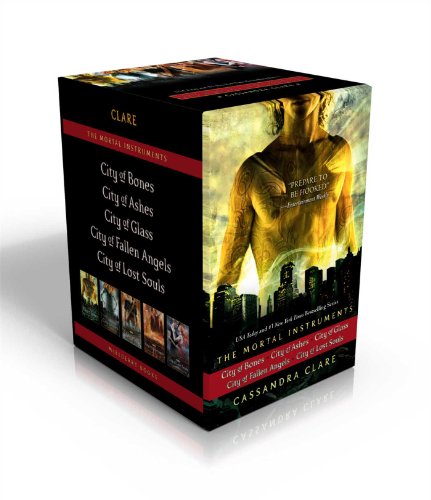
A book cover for The Mortal Instruments: City of Bones; City of Ashes; City of Glass; City of Fallen Angels; City of Lost Souls; Cassandra Clare; Teen & Young Adult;